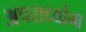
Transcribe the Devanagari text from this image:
अपराध्यांना